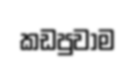
කඩපුවාම